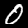
Label: 0